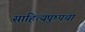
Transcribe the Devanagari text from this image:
साहित्यपुष्पचा